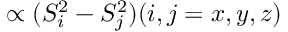
\propto ( S _ { i } ^ { 2 } - S _ { j } ^ { 2 } ) ( i , j = x , y , z )